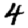
Digit: 4